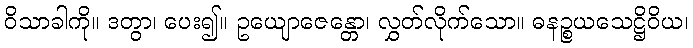
ဝိသာခါကို။ ဒတွာ၊ ပေး၍။ ဥယျောဇေန္တော၊ လွှတ်လိုက်သော။ ဓနဉ္စယသေဋ္ဌိဝိယ၊